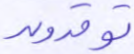
توقدون